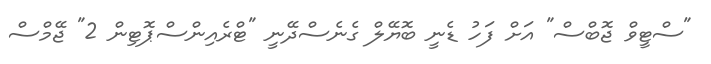
"ސްޓީވް ޖޮބްސް" އަށް ފަހު ޑެނީ ބޮޔޭލް ގެނެސްދޭނީ "ޓްރެއިންސްޕޮޓިން 2" ޖޭމްސް